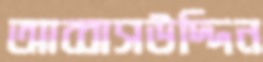
আব্বাসউদ্দিন